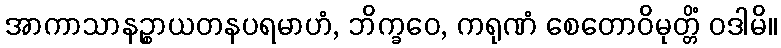
အာကာသာနဉ္စာယတနပရမာဟံ, ဘိက္ခဝေ, ကရုဏံ စေတောဝိမုတ္တိံ ဝဒါမိ။